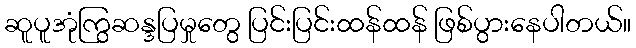
ဆူပူအုံကြွဆန္ဒပြမှုတွေ ပြင်းပြင်းထန်ထန် ဖြစ်ပွားနေပါတယ်။